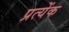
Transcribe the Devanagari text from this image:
प्रत्येंक